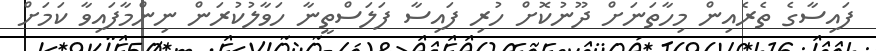
ފައިސާގެ ތެރެއިން މިހާތަނަށް ދޫނުކޮށް ހުރި ފައިސާ ފަލަސްތީނާ ހަވާލުކުރަން ނިންމާފައިވާ ކަމަށް